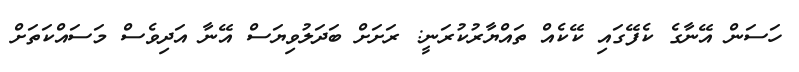
ހަސަން އޭނާގެ ކެފޭގައި ކޭކެއް ތައްޔާރުކުރަނީ: ރަށަށް ބަދަލުވިޔަސް އޭނާ އަދިވެސް މަސައްކަތަށް